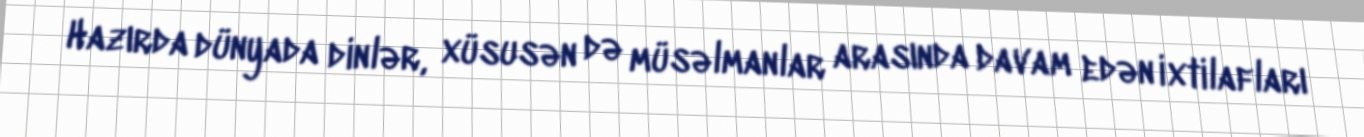
Hazırda dünyada dinlər, xüsusən də müsəlmanlar arasında davam edən ixtilafları